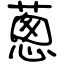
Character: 蔥